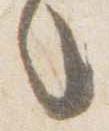
言